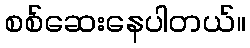
စစ်ဆေးနေပါတယ်။